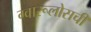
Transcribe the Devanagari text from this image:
ग्वारूलोसची